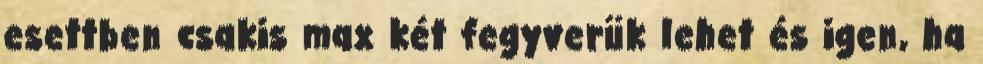
esettben csakis max két fegyverük lehet és igen, ha